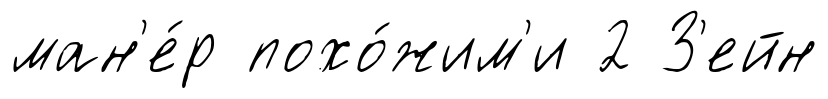
ман'е́р похо́жим'и 2 З'ейн